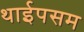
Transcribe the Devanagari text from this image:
थाईपसम